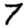
Digit: 7